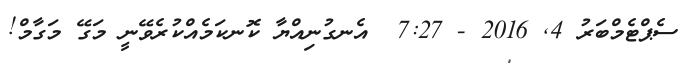
ސެޕްޓެމްބަރު 4